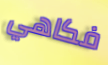
فكاهي